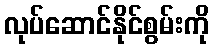
လုပ်ဆောင်နိုင်စွမ်းကို